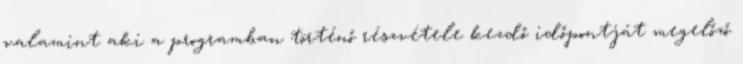
valamint aki a programban történő részvétele kezdő időpontját megelőző